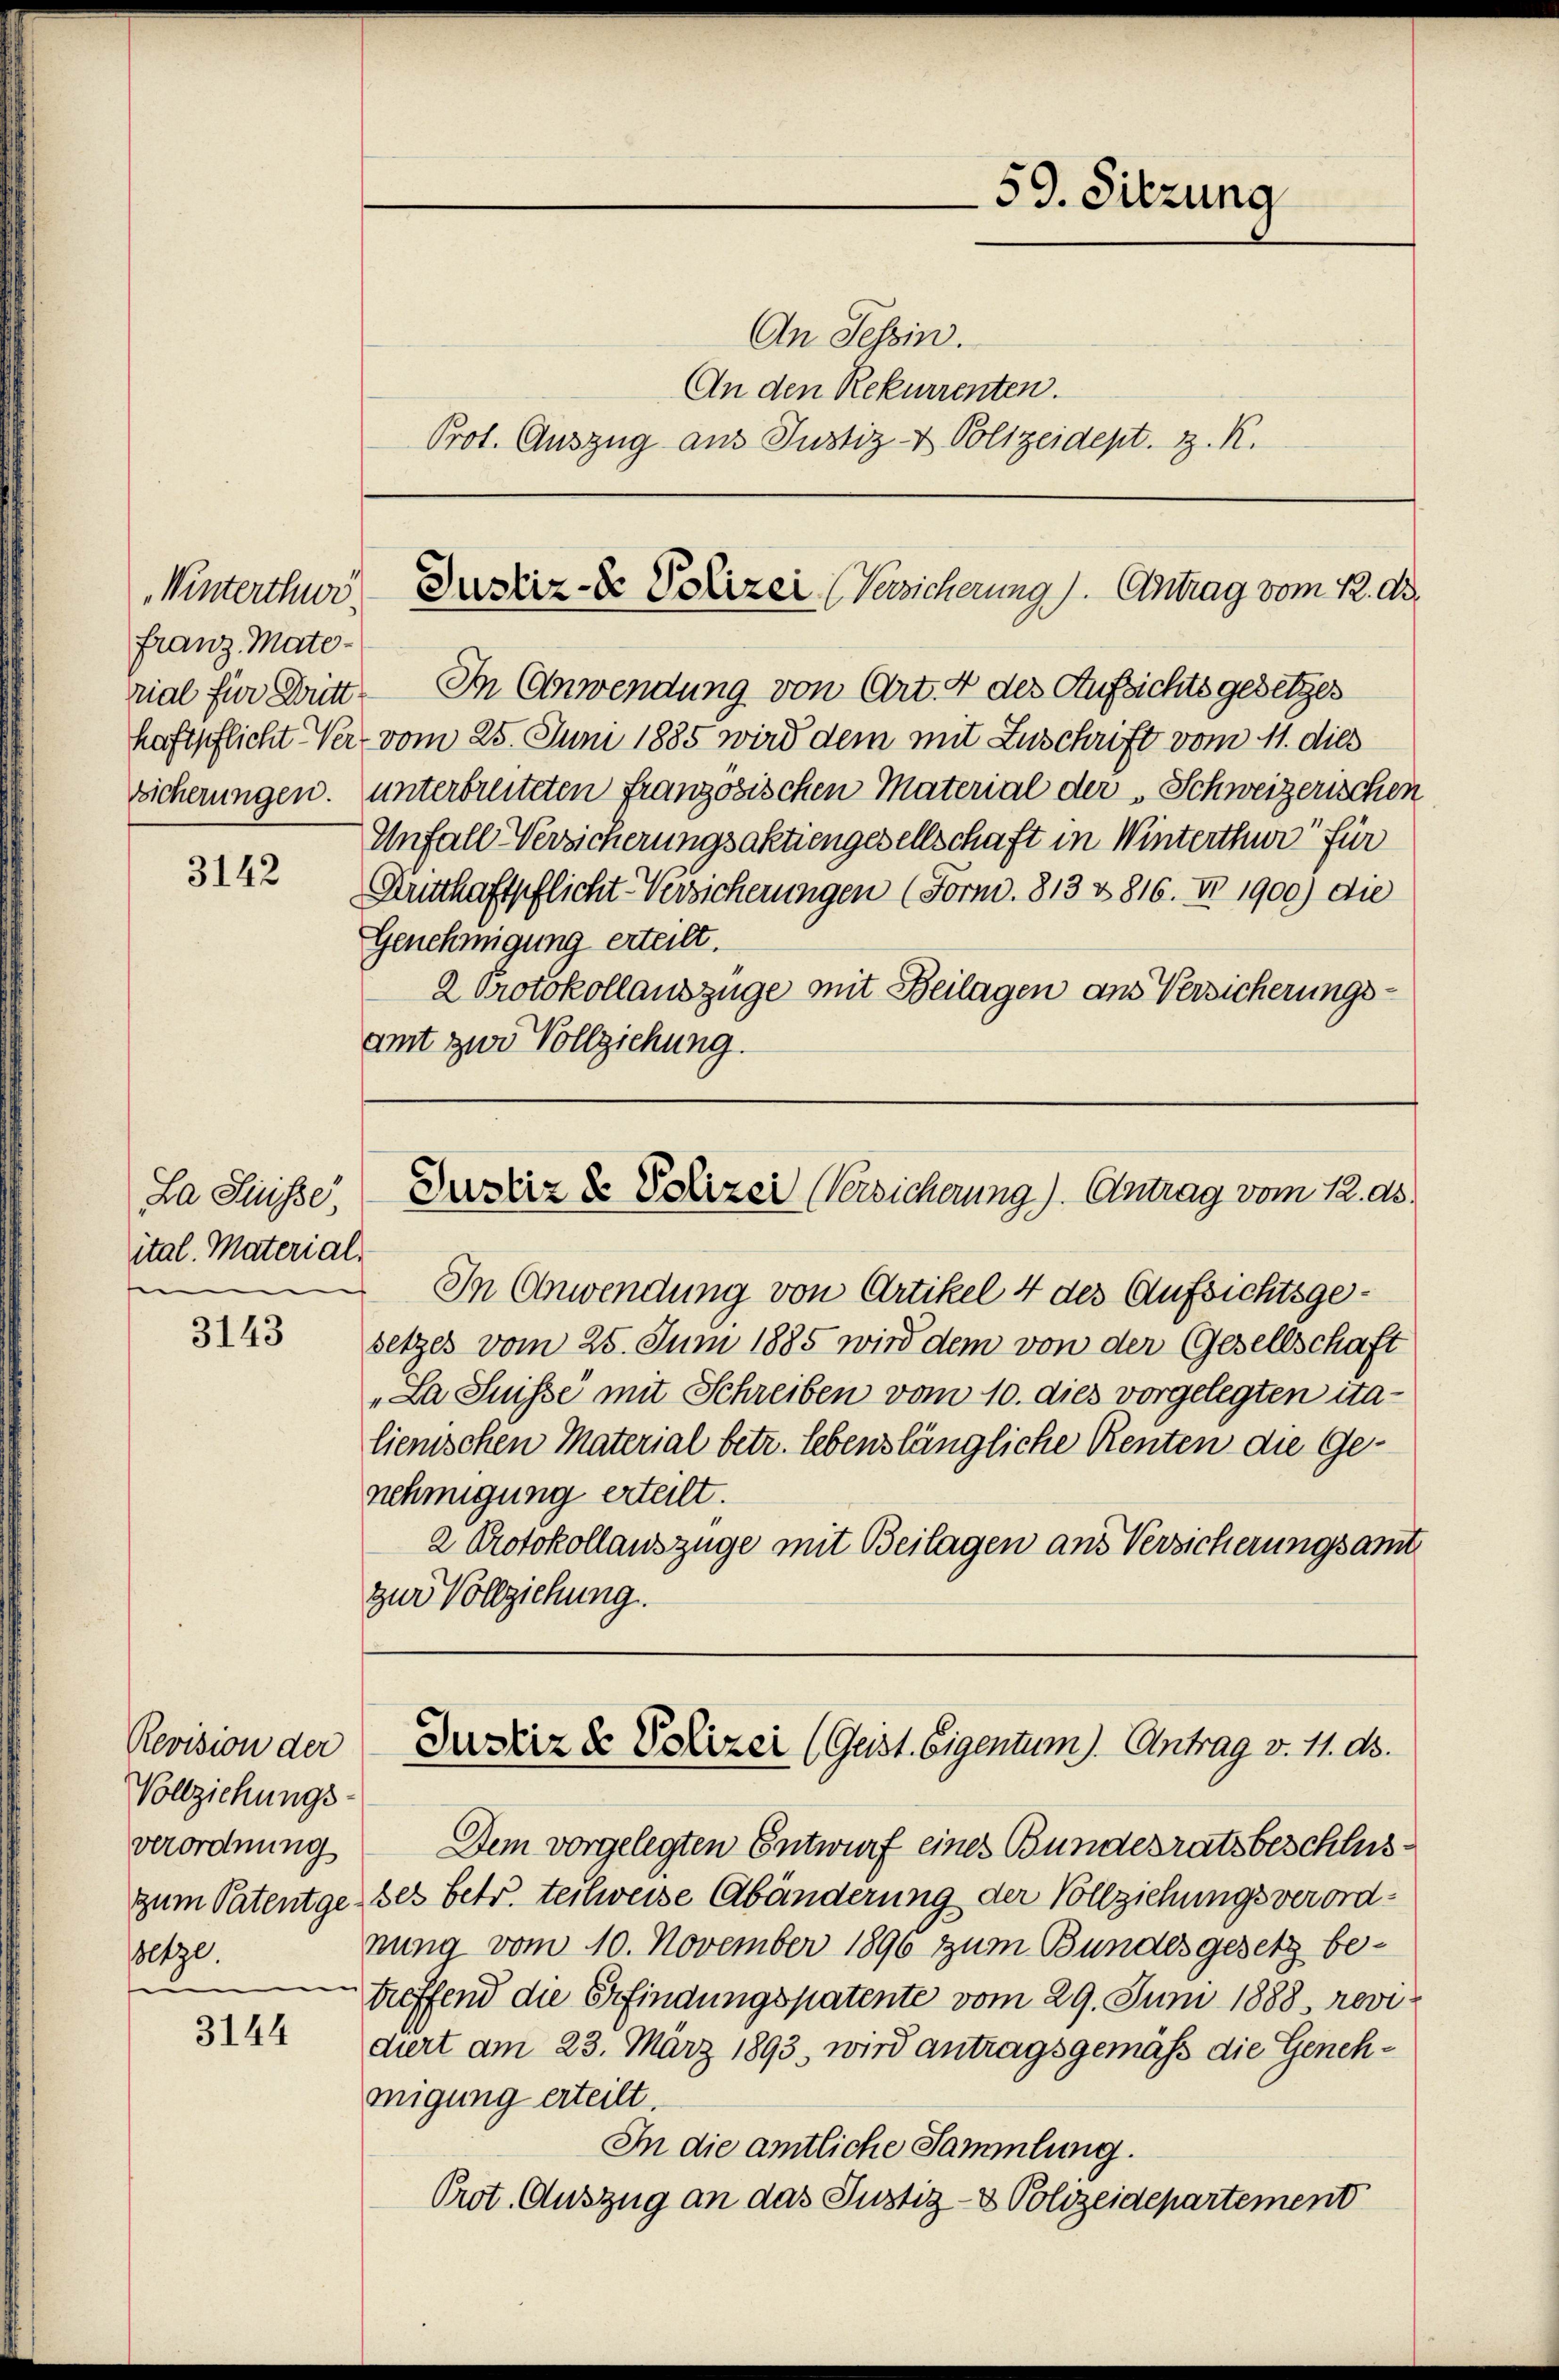
Winterthwi
franz Mate¬

3142

La Suisse,
ital. Material-

3143

Revision der
Vollziehungsverordnung
zum Patentge
ltze.
e

3144

An Tessin.
An den Rekurrenten.
Prot. Auszug aus Justiz- & Polizeidept. z. R.

In Anwendung von Artikel 4 des Aufsichtsgesetzes vom 25. Juni 1885 wird dem von der Gesellschaft
"La Suisse mit Schreiben vom 10. dies vorgelegten italienischen Material betr. lebenslängliche Renten die Genehmigung erteilt.
2 Protokollauszüge mit Beilagen aus Versicherungsamt
zur Vollziehung.

rial für Dritt. In Abwendung von Art. 4 des Aufsichtsgesetzes
herftpflicht Ver- vom 25. Juni 1885 wird dem mit Zuschrift vom 11. dies
Sicherungen. unterbreiteten französischen Material der „Schweizerischen
Unfall Versicherungsaktiengesellschaft in Winterthur für
Kritthaftpflicht Versicherungen (Form. 813 & 816. No 1900) die
Genehmigung erteilt.
2 Protokollauszüge mit Beilagen aus Versicherungsamt zur Vollziehung.

Dem vorgelegten Entwurf eines Bundesratsbeschlusbes betr. teilweise Abänderung der Vollziehungsverordnung vom 10. November 1896 zum Bundesgesetz betreffend die Erfindungspatente vom 29. Juni 1888, revidiert am 23. März 1893, wird antragsgemäß die Genehmigung erteilt.
In die amtliche Sammlung.
Prot. Auszug an das Justiz- & Polizeidepartement

59. Sitzung

Justiz- & Polizei (Versicherung). Antrag vom 22. d.

Justiz & Polizei Versicherung). Antrag vom 12. ds.

Justiz & Polizei (Geist. Eigentum). Antrag v. 11. ds.